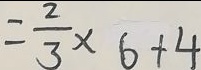
= \frac { 2 } { 3 } \times 6 + 4